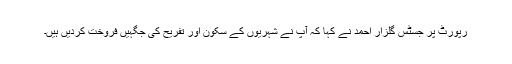
رپورٹ پر جسٹس گلزار احمد نے کہا کہ آپ نے شہریوں کے سکون اور تفریح کی جگہیں فروخت کردیں ہیں۔